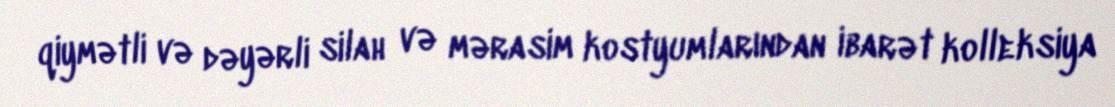
qiymətli və dəyərli silah və mərasim kostyumlarından ibarət kolleksiya